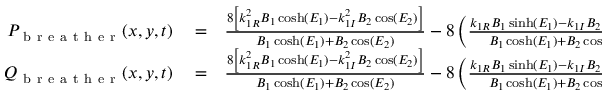
\begin{array} { r l r } { P _ { \mathrm { ~ b ~ r ~ e ~ a ~ t ~ h ~ e ~ r ~ } } ( x , y , t ) } & { { } = } & { \frac { 8 \left[ k _ { 1 R } ^ { 2 } B _ { 1 } \cosh ( E _ { 1 } ) - k _ { 1 I } ^ { 2 } B _ { 2 } \cos ( E _ { 2 } ) \right] } { B _ { 1 } \cosh ( E _ { 1 } ) + B _ { 2 } \cos ( E _ { 2 } ) } - 8 \left( \frac { k _ { 1 R } B _ { 1 } \sinh ( E _ { 1 } ) - k _ { 1 I } B _ { 2 } \sin ( E _ { 2 } ) } { B _ { 1 } \cosh ( E _ { 1 } ) + B _ { 2 } \cos ( E _ { 2 } ) } \right) ^ { 2 } } \\ { Q _ { \mathrm { ~ b ~ r ~ e ~ a ~ t ~ h ~ e ~ r ~ } } ( x , y , t ) } & { { } = } & { \frac { 8 \left[ k _ { 1 R } ^ { 2 } B _ { 1 } \cosh ( E _ { 1 } ) - k _ { 1 I } ^ { 2 } B _ { 2 } \cos ( E _ { 2 } ) \right] } { B _ { 1 } \cosh ( E _ { 1 } ) + B _ { 2 } \cos ( E _ { 2 } ) } - 8 \left( \frac { k _ { 1 R } B _ { 1 } \sinh ( E _ { 1 } ) - k _ { 1 I } B _ { 2 } \sin ( E _ { 2 } ) } { B _ { 1 } \cosh ( E _ { 1 } ) + B _ { 2 } \cos ( E _ { 2 } ) } \right) ^ { 2 } } \end{array}